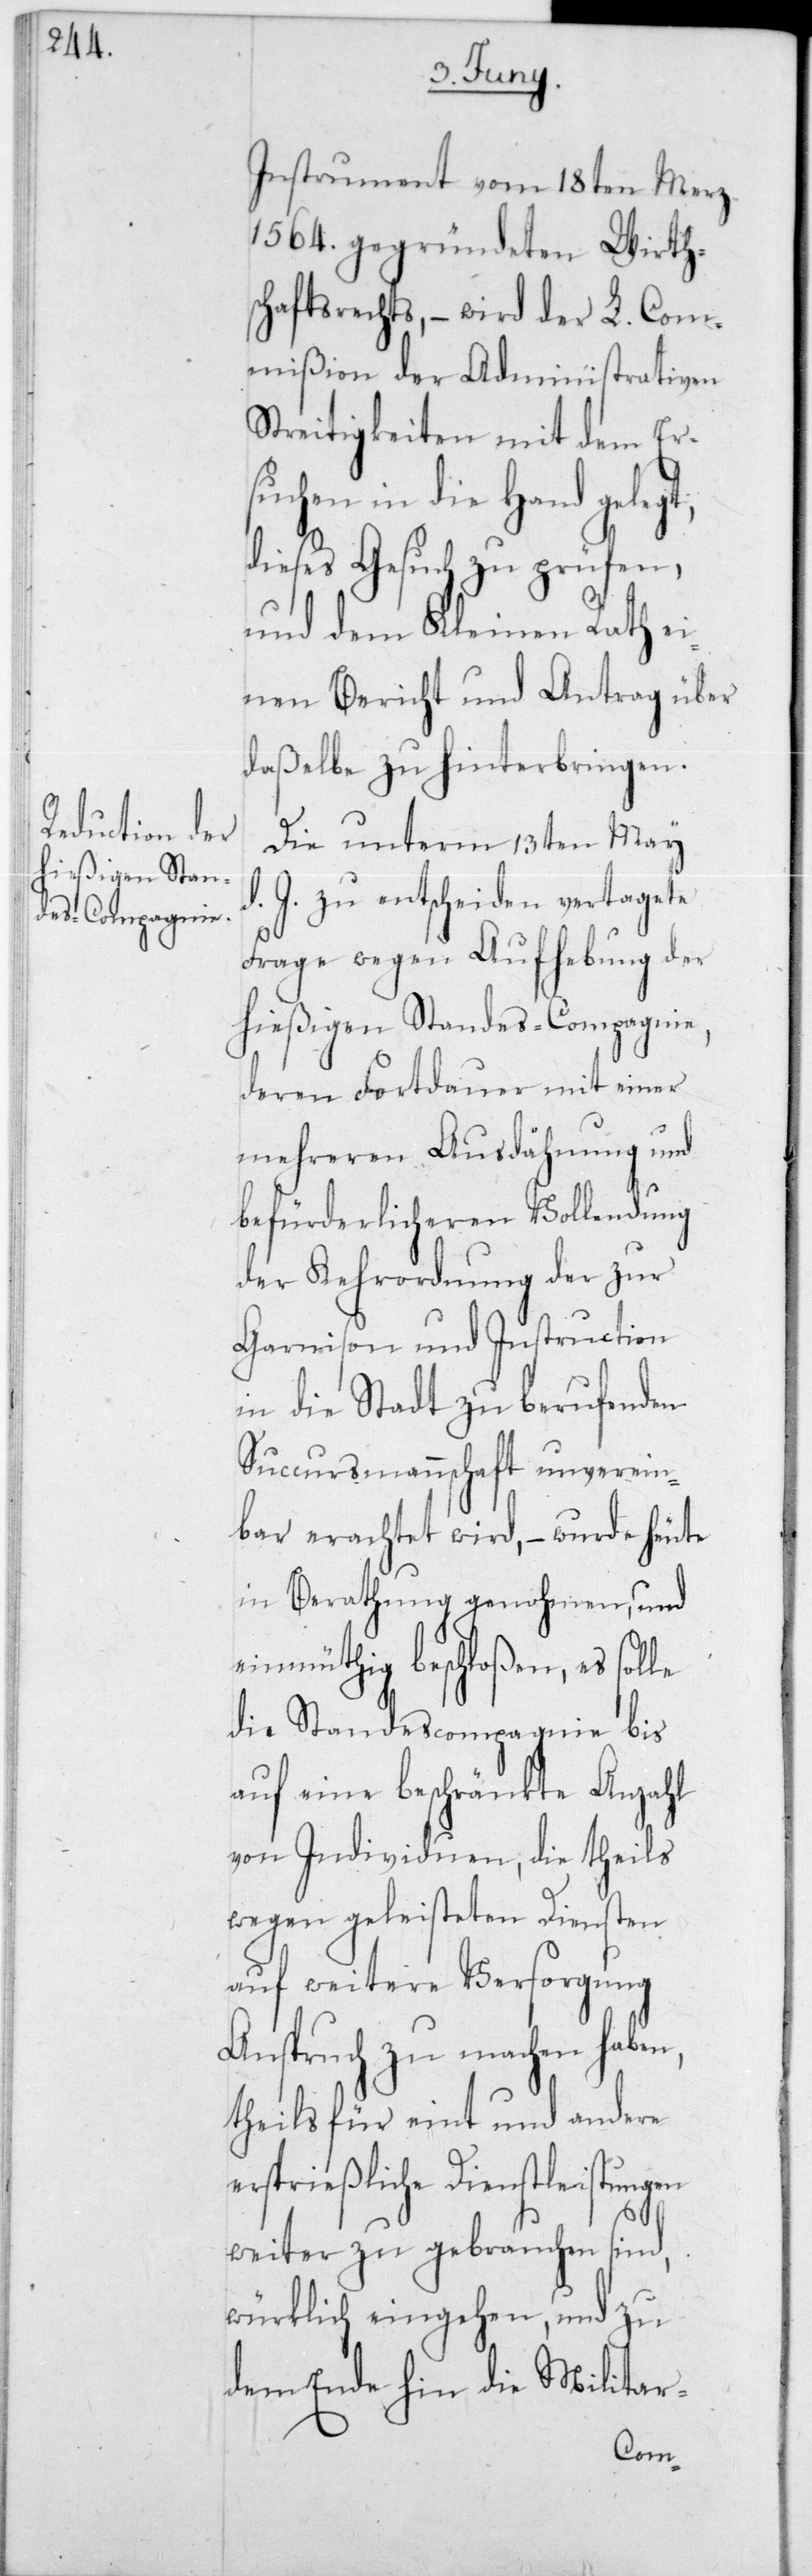
Instrument vom 18ten Merz
1564 gegründeten Wirth¬
schaftrechts, – wird der L. Com¬
mißion der Administrativen
Streitigkeiten mit dem Ers¬
uchen in die Hand gelegt,
dieses Gesuch zu prüfen,
und dem Kleinen Rath ei¬
nen Bericht und Antrag über
daßelbe zu hinterbringen.
Die unterm 13ten May
J. zu entscheiden vertagete
Frage wegen Aufhebung der
hießigen Standes-Compagnie,
deren Fortdauer mit einer
mehreren Ausdähung und
befürderlicheren Vollendung
der Kehrordnung der zur
Garnison und Instruction
in die Stadt zu berufenden
Succursmannschaft unverein¬
bar erachtet wird, – wurde heute
in Berathung genohmen, und
einmüthig beschloßen, es solle
die Standescompagnie bis
auf eine beschränkte Anzahl
von Individuen, die theils
wegen geleisteten Diensten
auf weitere Versorgung
Anspruch zu machen haben,
theils für eint und andere
ersprießliche Dienstleistungen
weiter zu gebrauchen sind,
würklich eingehen, und zu
dem Ende hin die Militar-